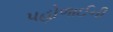
પહોળાઈની